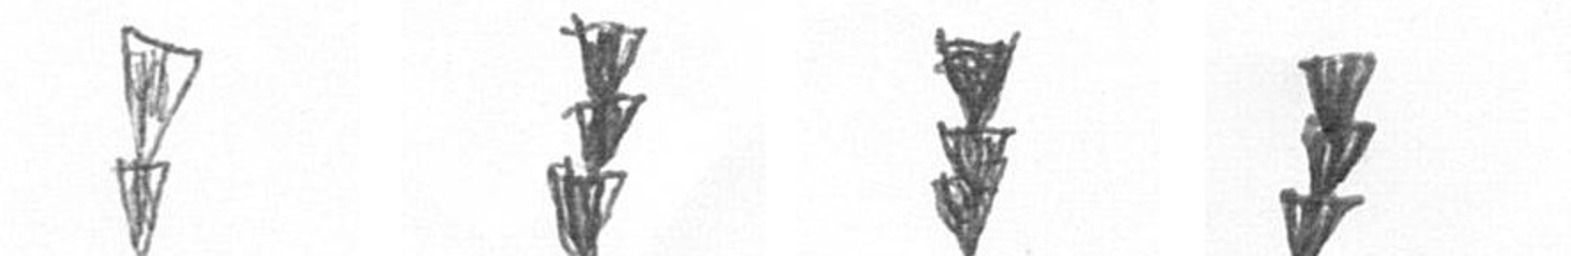
Z E E E